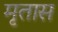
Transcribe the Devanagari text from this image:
मृतास